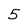
Character: 5